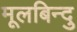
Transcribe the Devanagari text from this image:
मूलबिन्दु